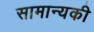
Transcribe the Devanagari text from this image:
सामान्यकी